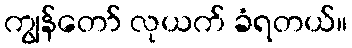
ကျွန်တော် လုယက် ခံရတယ်။